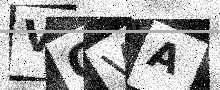
Text: VGVA